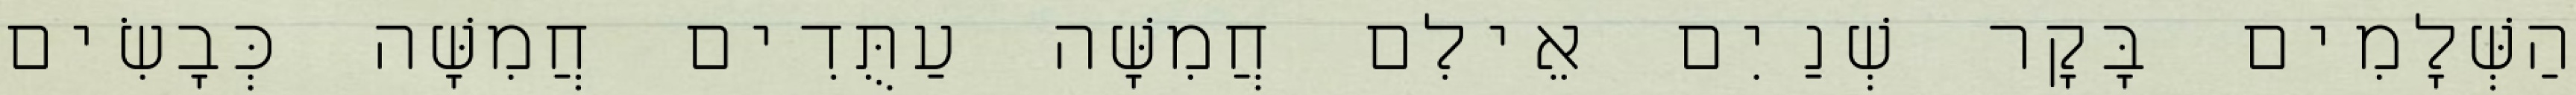
הַשְּׁלָמִים בָּקָר שְׁנַיִם אֵילִם חֲמִשָּׁה עַתֻּדִים חֲמִשָּׁה כְּבָשִׂים